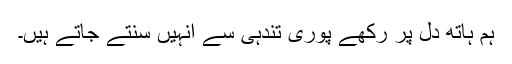
ہم ہاتھ دل پر رکھے پوری تندہی سے انہیں سنتے جاتے ہیں۔